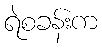
ရဲစခန်းက